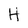
Character: H